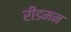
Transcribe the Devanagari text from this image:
रीडमन